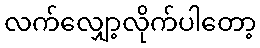
လက်လျှော့လိုက်ပါတော့